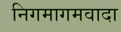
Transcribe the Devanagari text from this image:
निगमागमवादा